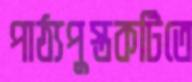
পাঠ্যপুস্তকটিতে